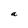
Character: a